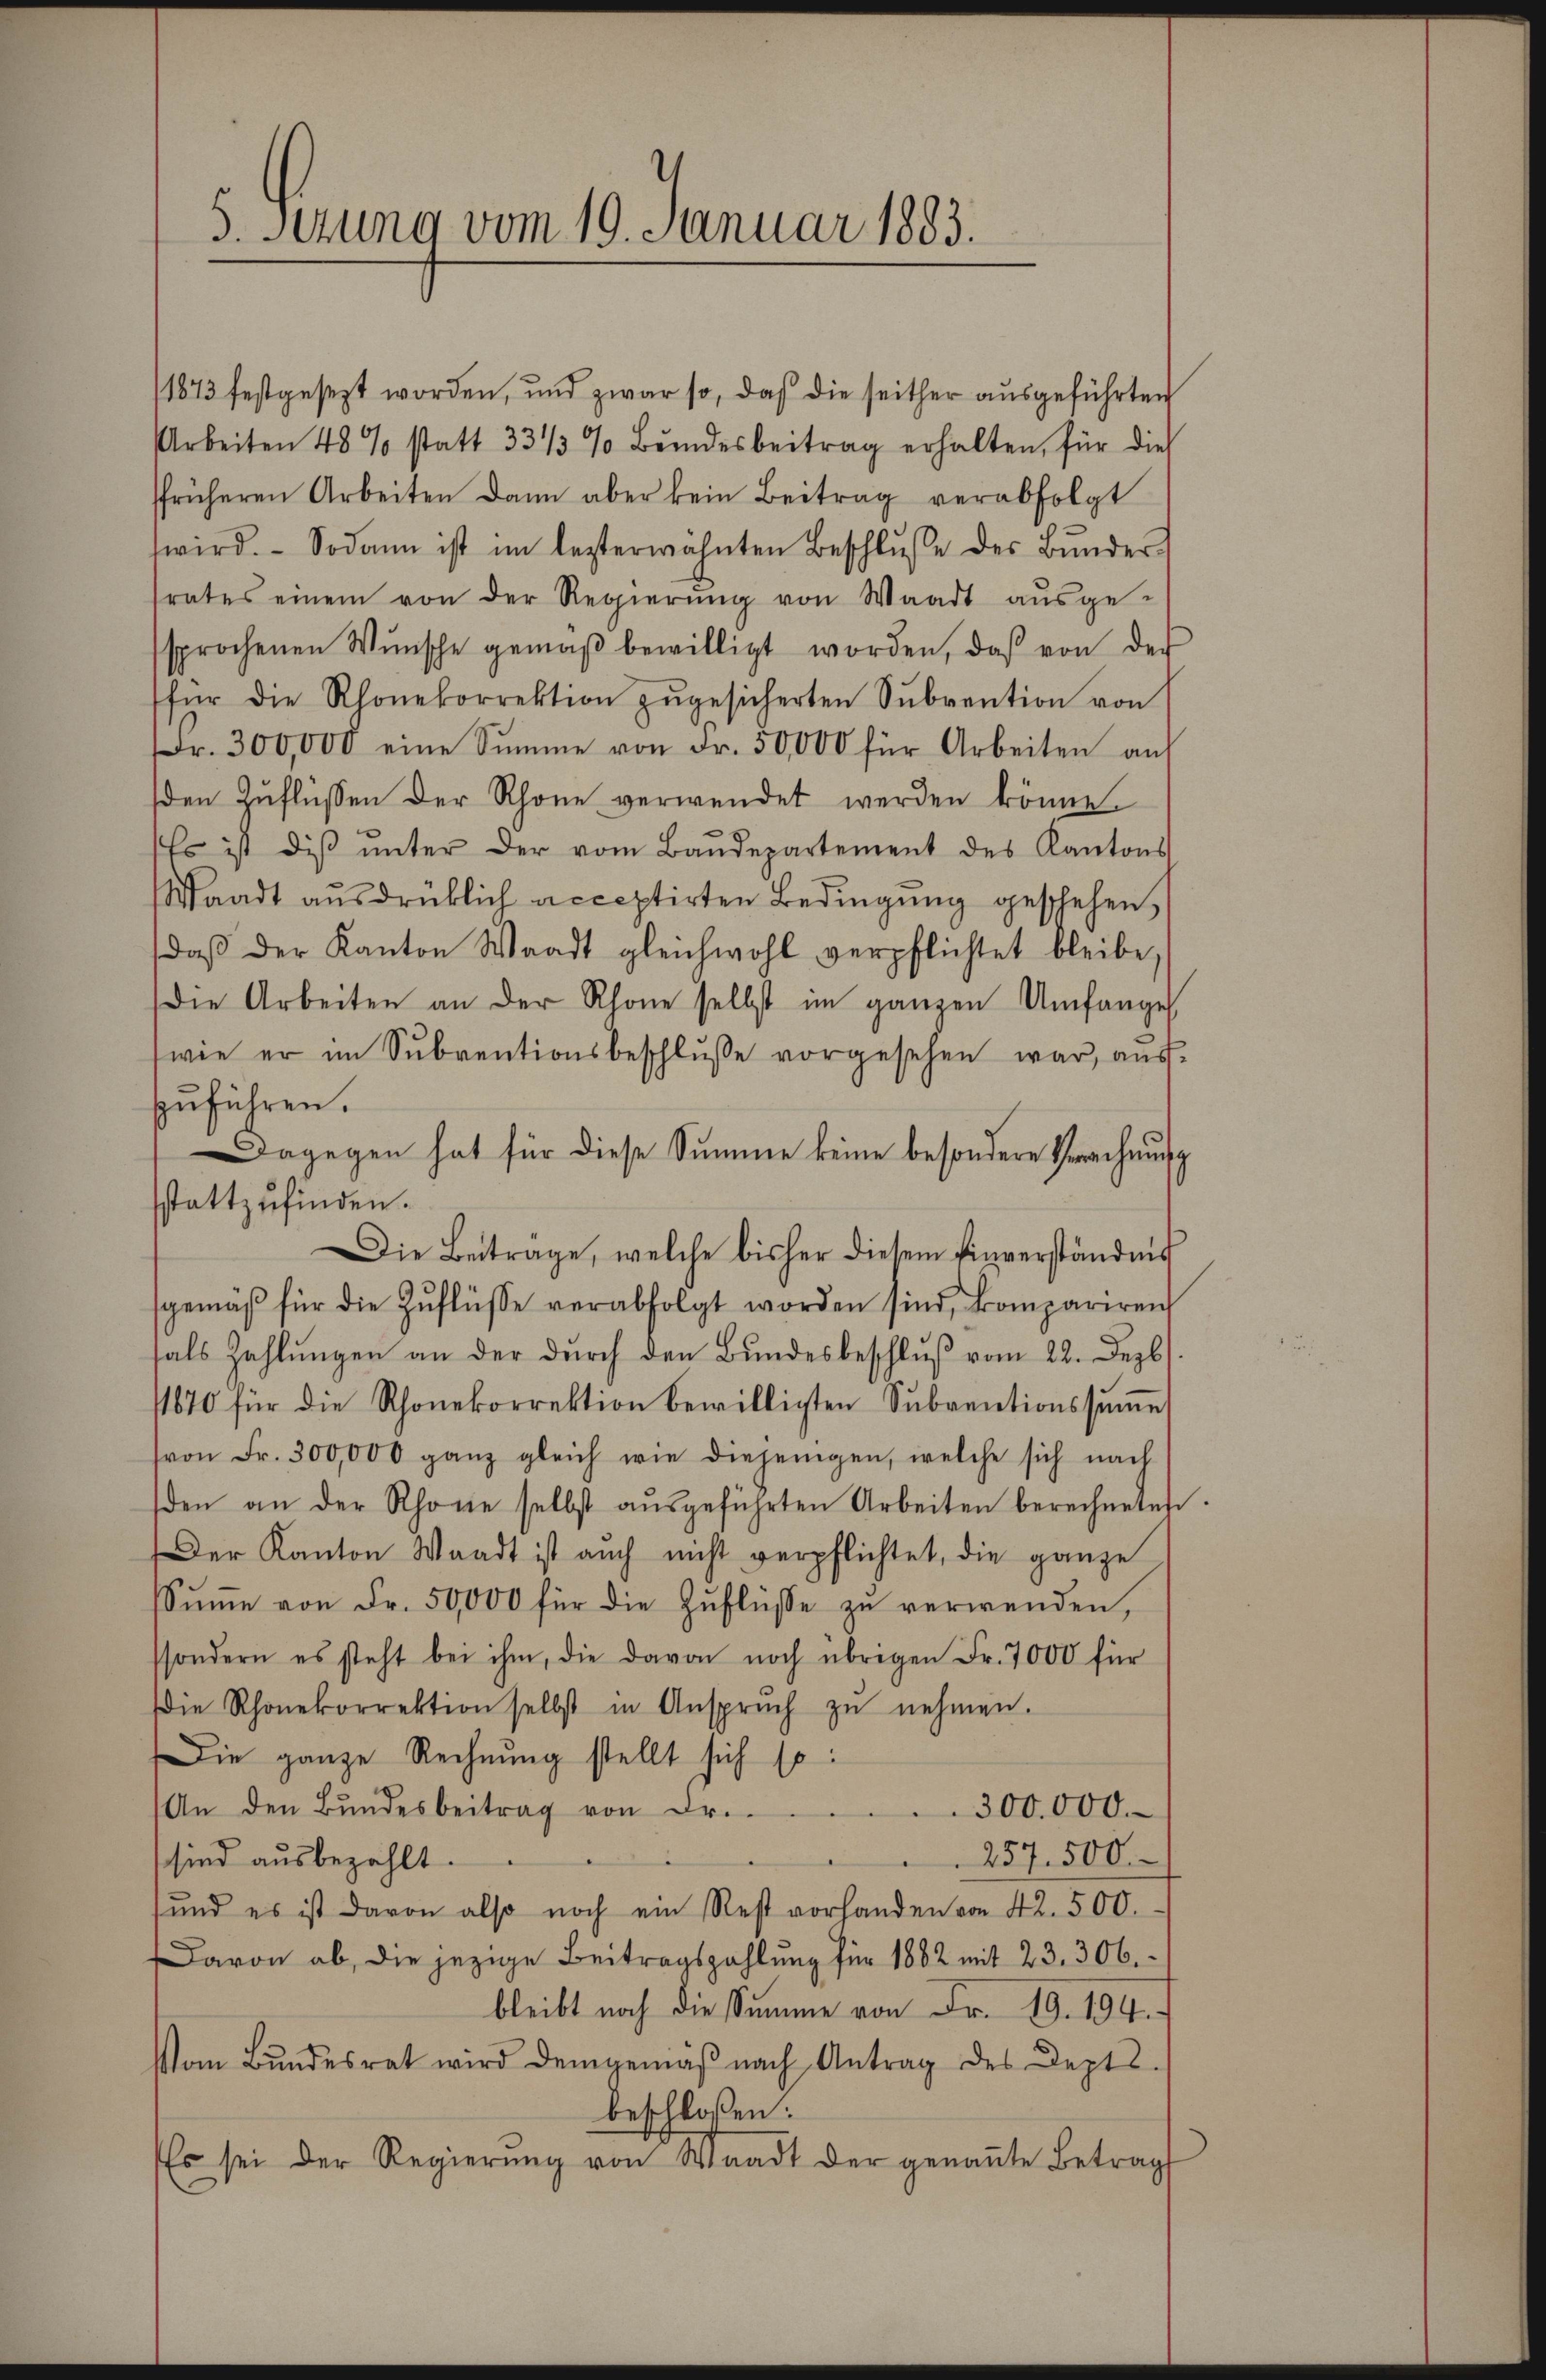
5. sezung vom 19. Januar 1883.

1873 festgesezt worden, und zwar so, daß die seither ausgeführten
Arbeiten 48 % statt 33 1/3 % Bŭndesbeitrag erhalten, für dies
ffrüheren Arbeiten dann aber kein Beitrag verabfolgt
wird. Sodann ist im lezterwähnten Beschlŭsse des Bŭnder-
frates einem von der Regierŭng von Waadt aŭsge-
sprochenen Wünsche gemäβ bewilligt worden, daβ von der
für die Rhonekorrektion zŭgesicherten Sŭbvention von
Fr. 300,000 eine Summe von Fr. 50,000 für Arbeiten auf
den Zuflüssen der Schöne verwendet werden könne.
Es ist diβ ŭnter der vom Baŭdepartement des Kantons
Waadt ausdrüklich acceptirten Bedingung geschehen,
daβ der Kanton Waadt gleichwohl verpflichtet bleibe,
Die Arbeiten an der Rhone selbst im ganzen Umfange
wie er im Sŭbventionsbeschlŭsse vorgesehen war, aus
zŭführen.
Dagegen hat für diese Summe keine besondere Berechnung
sstattzufinden.
Die Beitrage, welche bisher diesem Einverständnis
sgemäβ für die Zŭflüsse verabfolgt worden sind, kompariren
hals Zahlŭngen an der dŭrch den Bŭndesbeschlŭβ vom 22. Dezb
1870 für die Rhonekorrektion bewilligten Sŭbventionssŭṁe
von Fr. 300,000 ganz gleich wie diejenigen, welche sich nach
den an der Rhone selbst aŭsgeführten Arbeiten berechneten
Der Kanton Waadt ist auch nicht verpflichtet, die ganze
sSŭṁe von Fr. 50,000 für die Zŭflüsse zŭ verwenden,
ssondern es steht bei ihm, die davon noch übrigen Fr. 7000 für
Die Rhonekorrektion selbst in Ansprŭch zŭ nehmen.
Die ganze Rechnung stellt sich so:
300.000.
An den Bundesbeitrag von Dr.
257. 500
sind ausbezahlt.
sŭnd es ist davon also noch ein Rest vorhanden von 42. 500.
Davon ab, die jezige Beitragszahlung für 1882 mit 23. 306.
bleibt noch die Summe von Fr. 19. 194.
Vom Bŭndesrat wird demgemäβ nach Antrag des Depts.
beschloßen:
Es sei der Regierŭng von Waadt der genaṅte Betrag